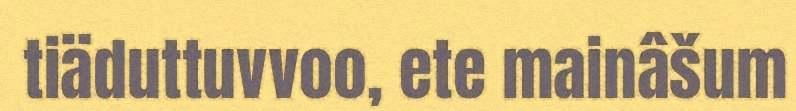
tiäduttuvvoo, ete mainâšum